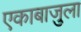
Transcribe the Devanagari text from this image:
एकाबाजुला